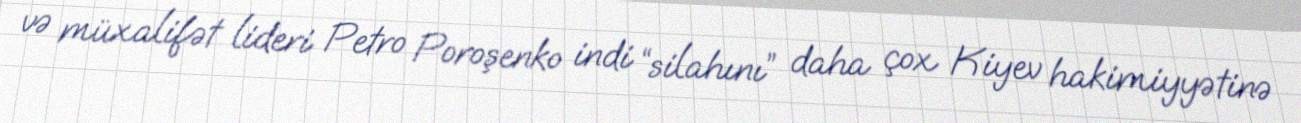
və müxalifət lideri Petro Poroşenko indi “silahını” daha çox Kiyev hakimiyyətinə